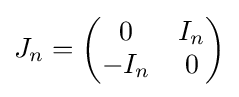
J_{n}={\begin{pmatrix}0&I_{n}\\-I_{n}&0\end{pmatrix}}